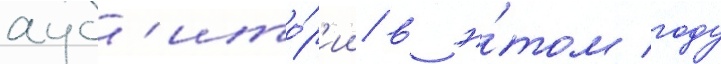
ауд'ито́р'ии в э́том году